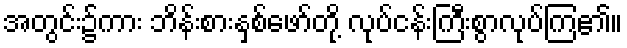
အတွင်း၌ကား ဘိန်းစားနှစ်ဖော်တို့ လုပ်ငန်းကြီးစွာလုပ်ကြ၏။